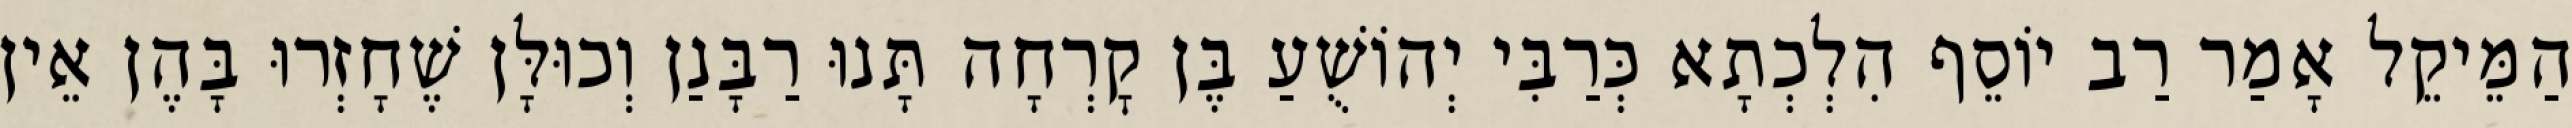
הַמֵּיקֵל אָמַר רַב יוֹסֵף הִלְכְתָא כְּרַבִּי יְהוֹשֻׁעַ בֶּן קׇרְחָה תָּנוּ רַבָּנַן וְכוּלָּן שֶׁחָזְרוּ בָּהֶן אֵין